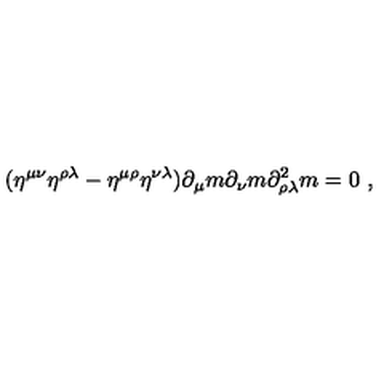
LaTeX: ( \eta ^ { \mu \nu } \eta ^ { \rho \lambda } - \eta ^ { \mu \rho } \eta ^ { \nu \lambda } ) \partial _ { \mu } m \partial _ { \nu } m \partial _ { \rho \lambda } ^ { 2 } m = 0 \ ,